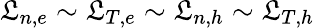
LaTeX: \mathfrak{L}_{n,e}\sim\mathfrak{L}_{T,e}\sim\mathfrak{L}_{n,h}\sim\mathfrak{L}_{T,h}